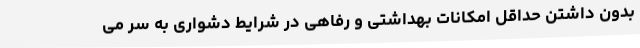
بدون داشتن حداقل امکانات بهداشتی و رفاهی در شرایط دشواری به سر می